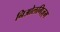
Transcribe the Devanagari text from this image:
निओलगिज़्म